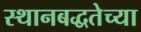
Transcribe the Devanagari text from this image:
स्थानबद्धतेच्या